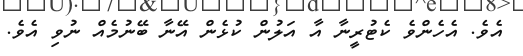
އެވެ. އެހެންވެ ކެޓުރީނާ އާ އަލުން ކުޅެން އޭނާ ބޭނުމެއް ނުވި އެވެ.